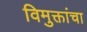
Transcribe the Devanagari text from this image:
विमुक्तांचा